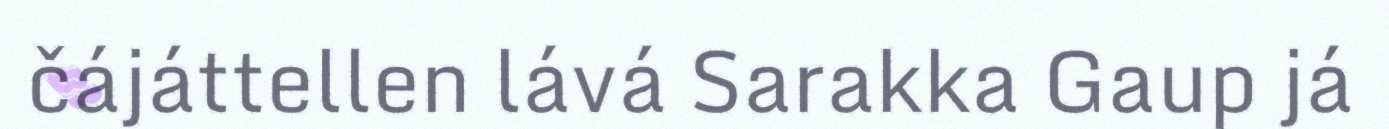
čájáttellen lává Sarakka Gaup já